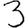
Digit: 3